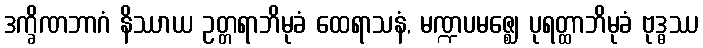
ဒက္ခိဏဘာဂံ နိဿာယ ဥတ္တရာဘိမုခံ ထေရာသနံ, မဏ္ဍပမဇ္ဈေ ပုရတ္ထာဘိမုခံ ဗုဒ္ဓဿ